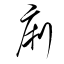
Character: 痢